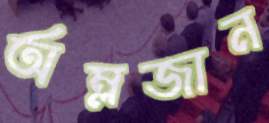
অম্লজান